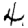
Digit: 4